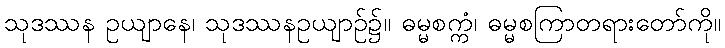
သုဒဿန ဥယျာနေ၊ သုဒဿနဥယျာဉ်၌။ ဓမ္မစက္ကံ၊ ဓမ္မစကြာတရားတော်ကို။